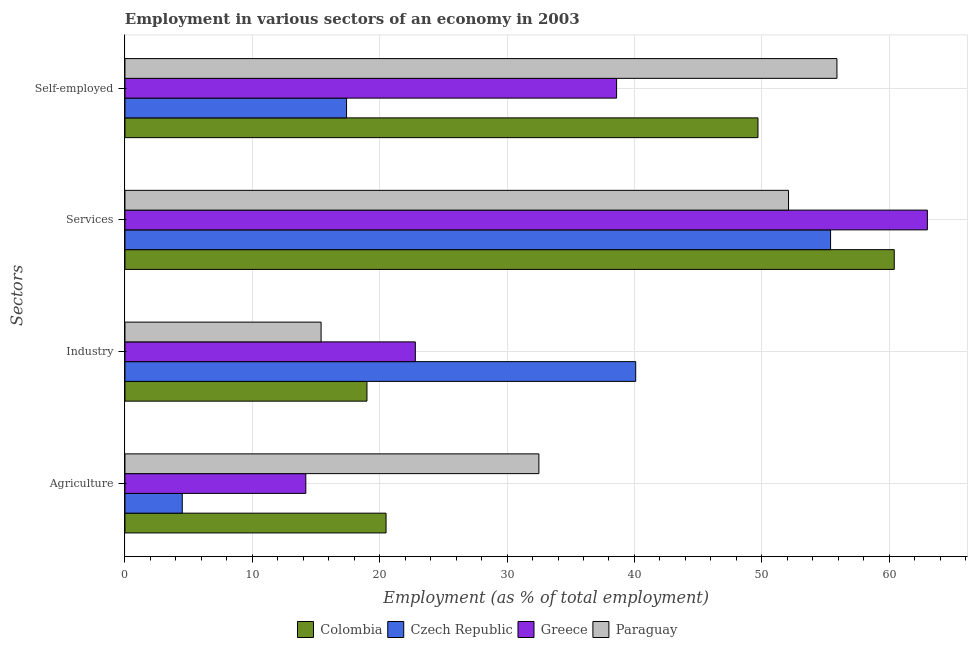
| Sectors | Colombia | Czech Republic | Greece | Paraguay |
 | --- | --- | --- | --- | --- |
 | Agriculture | 20.5 | 4.5 | 14.2 | 32.5 |
 | Industry | 19 | 40.1 | 22.8 | 15.4 |
 | Services | 60.4 | 55.4 | 63 | 52.1 |
 | Self-employed | 49.7 | 17.4 | 38.6 | 55.9 |